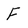
Character: F